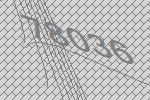
78036